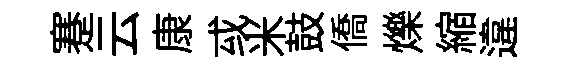
蹇云康㦯米鼓僑爍縮違